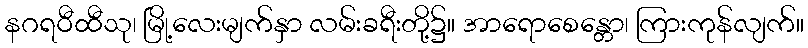
နဂရဝီထီသု၊ မြို့လေးမျက်နှာ လမ်းခရီးတို့၌။ အာရောစေန္တော၊ ကြားကုန်လျက်။